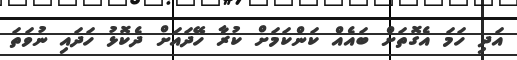
އަދި ހަމަ އެގޮތަށް ބައެއް ކަންކަމަށް ކުރާ ހޭދައަށް ދެކޮޅު ހަދައި ނުވަތަ